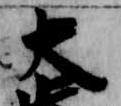
大